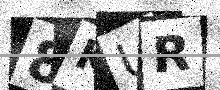
Text: 8KUR